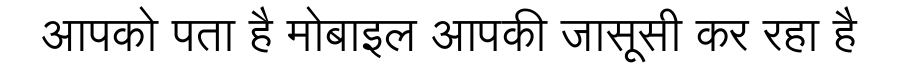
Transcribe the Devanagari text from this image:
आपको पता है मोबाइल आपकी जासूसी कर रहा है